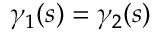
\gamma _ { 1 } ( s ) = \gamma _ { 2 } ( s )